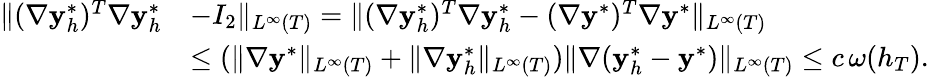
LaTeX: \begin{array}{rl}{\| (\nabla\mathbf{y}_{h}^{*})^{T}\nabla\mathbf{y}_{h}^{*}}&{-I_{2}\| _{L^{\infty}(T)}=\| (\nabla\mathbf{y}_{h}^{*})^{T}\nabla\mathbf{y}_{h}^{*}-(\nabla\mathbf{y}^{*})^{T}\nabla\mathbf{y}^{*}\| _{L^{\infty}(T)}}\\ &{\leq(\| \nabla\mathbf{y}^{*}\| _{L^{\infty}(T)}+\| \nabla\mathbf{y}_{h}^{*}\| _{L^{\infty}(T)})\| \nabla(\mathbf{y}_{h}^{*}-\mathbf{y}^{*})\| _{L^{\infty}(T)}\le c\, \omega(h_{T}).}\end{array}